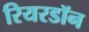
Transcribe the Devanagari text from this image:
रियरडॉन